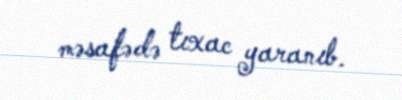
məsafədə tıxac yaranıb.